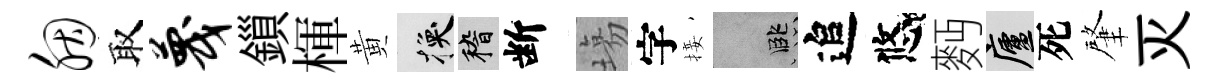
胭取蔑鎻楎黄换稽断塲字接孟追悠麪廬死肇灭